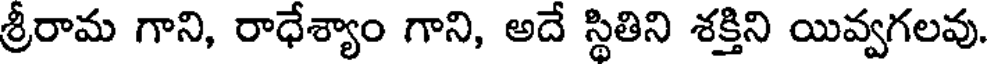
శ్రీరామ గాని, రాధేశ్యాం గాని, అదే స్థితిని శక్తిని యివ్వగలవు.